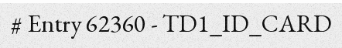
# Entry 62360 - TD1_ID_CARD